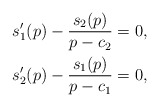
\begin{align*}s_{1}'(p)-\frac{s_{2}(p)}{p-c_{2}} & =0,\\s_{2}'(p)-\frac{s_{1}(p)}{p-c_{1}} & =0,\end{align*}